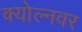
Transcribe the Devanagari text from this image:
क्योल्नवर